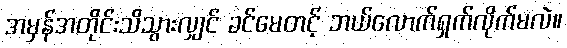
အမှန်အတိုင်းသိသွားလျှင် ခင်မေတင့် ဘယ်လောက်ရှက်လိုက်မလဲ။